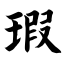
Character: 瑕